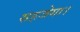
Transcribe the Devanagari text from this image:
सहजेगा।